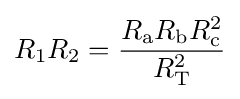
R_{1}R_{2}={\frac {R_{\text{a}}R_{\text{b}}R_{\text{c}}^{2}}{R_{\text{T}}^{2}}}